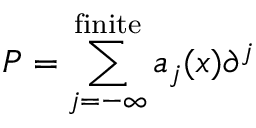
P = \sum _ { j = - \infty } ^ { \mathrm { f i n i t e } } a _ { j } ( x ) \partial ^ { j }